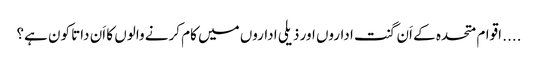
.... اقوام متحدہ کے اَن گنت اداروں اور ذیلی اداروں میں کام کرنے والوں کا اَن داتا کون ہے؟